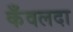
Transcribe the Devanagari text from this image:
कँवलदा